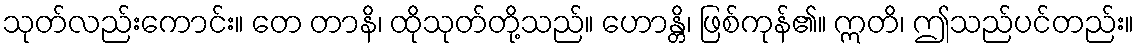
သုတ်လည်းကောင်း။ တေ တာနိ၊ ထိုသုတ်တို့သည်။ ဟောန္တိ၊ ဖြစ်ကုန်၏။ ဣတိ၊ ဤသည်ပင်တည်း။